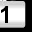
Digit: 1